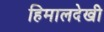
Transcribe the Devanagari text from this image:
हिमालदेखी